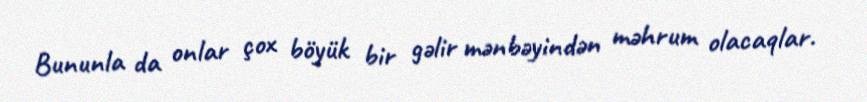
Bununla da onlar çox böyük bir gəlir mənbəyindən məhrum olacaqlar.